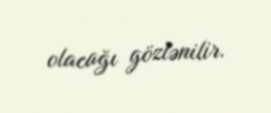
olacağı gözlənilir.